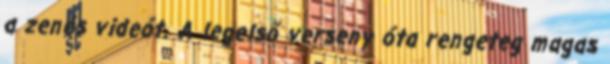
a zenés videót. A legelső verseny óta rengeteg magas